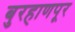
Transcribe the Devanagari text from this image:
बुरहाणपूर